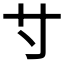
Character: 𡬝